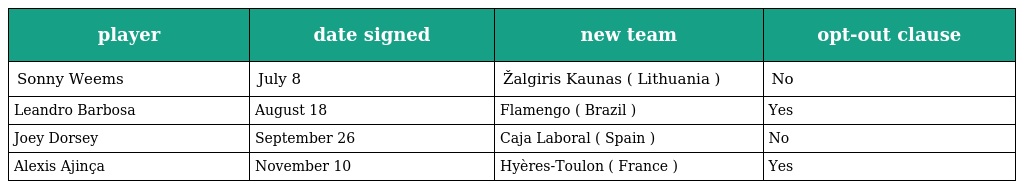
| player | date signed | new team | opt-out clause |
 | --- | --- | --- | --- |
 | Sonny Weems | July 8 | Žalgiris Kaunas ( Lithuania ) | No |
 | Leandro Barbosa | August 18 | Flamengo ( Brazil ) | Yes |
 | Joey Dorsey | September 26 | Caja Laboral ( Spain ) | No |
 | Alexis Ajinça | November 10 | Hyères-Toulon ( France ) | Yes |